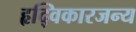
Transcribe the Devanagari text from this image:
हृद्विकारजन्य